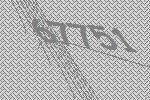
67751